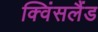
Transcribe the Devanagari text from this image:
क्विंसलैंड